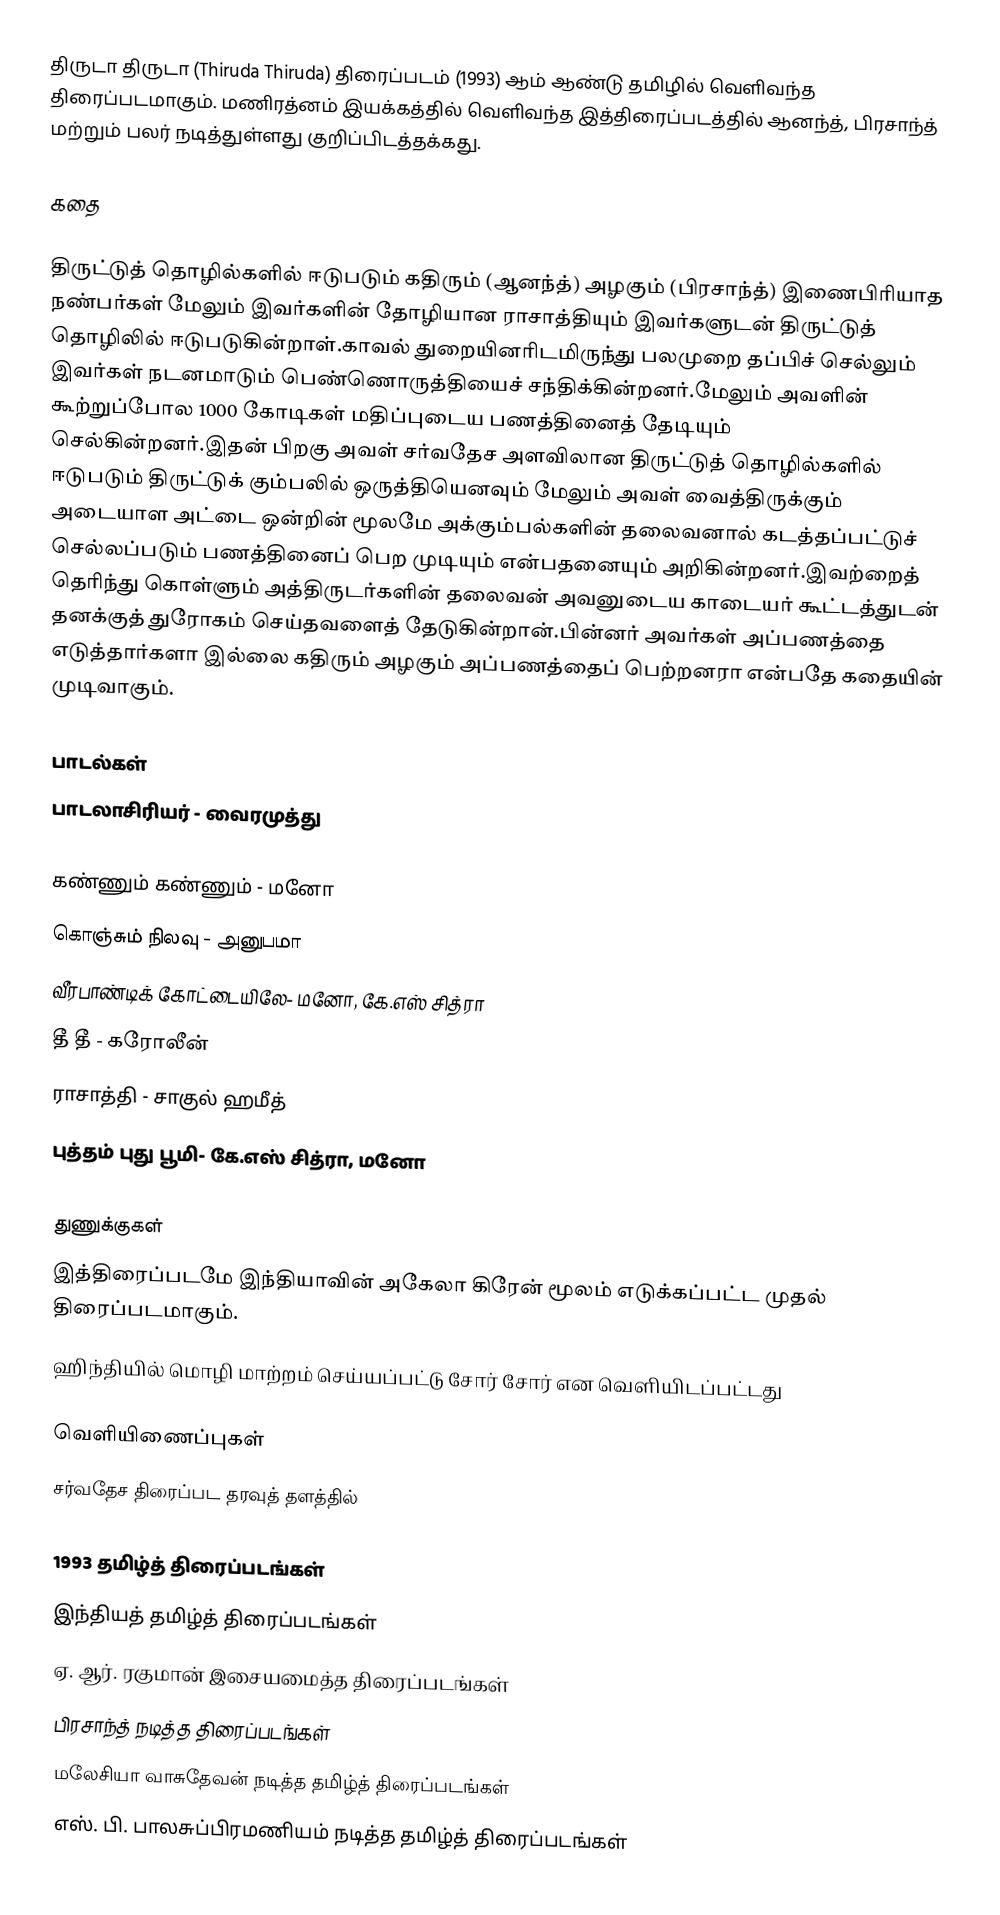
திருடா திருடா (Thiruda Thiruda) திரைப்படம் (1993) ஆம் ஆண்டு தமிழில் வெளிவந்த திரைப்படமாகும். மணிரத்னம் இயக்கத்தில் வெளிவந்த இத்திரைப்படத்தில் ஆனந்த், பிரசாந்த் மற்றும் பலர் நடித்துள்ளது குறிப்பிடத்தக்கது.

கதை

திருட்டுத் தொழில்களில் ஈடுபடும் கதிரும் (ஆனந்த்) அழகும் (பிரசாந்த்) இணைபிரியாத நண்பர்கள் மேலும் இவர்களின் தோழியான ராசாத்தியும் இவர்களுடன் திருட்டுத் தொழிலில் ஈடுபடுகின்றாள்.காவல் துறையினரிடமிருந்து பலமுறை தப்பிச் செல்லும் இவர்கள் நடனமாடும் பெண்ணொருத்தியைச் சந்திக்கின்றனர்.மேலும் அவளின் கூற்றுப்போல 1000 கோடிகள் மதிப்புடைய பணத்தினைத் தேடியும் செல்கின்றனர்.இதன் பிறகு அவள் சர்வதேச அளவிலான திருட்டுத் தொழில்களில் ஈடுபடும் திருட்டுக் கும்பலில் ஒருத்தியெனவும் மேலும் அவள் வைத்திருக்கும் அடையாள அட்டை ஒன்றின் மூலமே அக்கும்பல்களின் தலைவனால் கடத்தப்பட்டுச் செல்லப்படும் பணத்தினைப் பெற முடியும் என்பதனையும் அறிகின்றனர்.இவற்றைத் தெரிந்து கொள்ளும் அத்திருடர்களின் தலைவன் அவனுடைய காடையர் கூட்டத்துடன் தனக்குத் துரோகம் செய்தவளைத் தேடுகின்றான்.பின்னர் அவர்கள் அப்பணத்தை எடுத்தார்களா இல்லை கதிரும் அழகும் அப்பணத்தைப் பெற்றனரா என்பதே கதையின் முடிவாகும்.

பாடல்கள்
பாடலாசிரியர் - வைரமுத்து

கண்ணும் கண்ணும் - மனோ
கொஞ்சும் நிலவு - அனுபமா
வீரபாண்டிக் கோட்டையிலே- மனோ, கே.எஸ் சித்ரா
தீ தீ - கரோலீன்
ராசாத்தி - சாகுல் ஹமீத்
புத்தம் புது பூமி- கே.எஸ் சித்ரா, மனோ

துணுக்குகள்
இத்திரைப்படமே இந்தியாவின் அகேலா கிரேன் மூலம் எடுக்கப்பட்ட முதல் திரைப்படமாகும்.
ஹிந்தியில் மொழி மாற்றம் செய்யப்பட்டு சோர் சோர் என வெளியிடப்பட்டது

வெளியிணைப்புகள்
சர்வதேச திரைப்பட தரவுத் தளத்தில்

1993 தமிழ்த் திரைப்படங்கள்
இந்தியத் தமிழ்த் திரைப்படங்கள்
ஏ. ஆர். ரகுமான் இசையமைத்த திரைப்படங்கள்
பிரசாந்த் நடித்த திரைப்படங்கள்
மலேசியா வாசுதேவன் நடித்த தமிழ்த் திரைப்படங்கள்
எஸ். பி. பாலசுப்பிரமணியம் நடித்த தமிழ்த் திரைப்படங்கள்